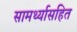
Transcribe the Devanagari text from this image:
सामर्थ्यासहित